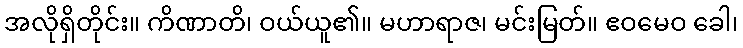
အလိုရှိတိုင်း။ ကိဏာတိ၊ ဝယ်ယူ၏။ မဟာရာဇ၊ မင်းမြတ်။ ဧဝမေဝ ခေါ၊